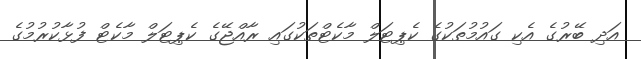
އަދި ބޭރުގެ އެކި ގައުމުތަކުގެ ކެޕިޓަލް މާކެޓްތަކުގައި ރާއްޖޭގެ ކެޕިޓަލް މާކެޓް ފުޅާކުރުމުގެ